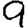
Digit: 9